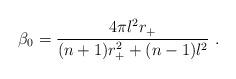
LaTeX: \begin{align*} \beta_0 = \frac{4\pi l^2 r_+}{(n+1)r_+^2 +(n-1) l^2}~.\end{align*}